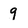
Character: 9